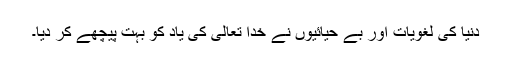
دنیا کی لغویات اور بے حیائیوں نے خدا تعالیٰ کی یاد کو بہت پیچھے کر دیا۔